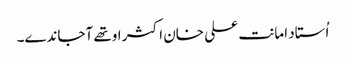
اُستاد امانت علی خان اکثر اوتھے آجاندے۔